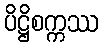
ပိဋ္ဌိစက္ကဿ